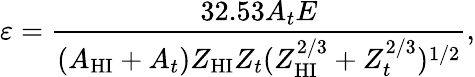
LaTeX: \varepsilon=\frac{32.53A_{t}E}{(A_{\mathrm{HI}}+A_{t})Z_{\mathrm{HI}}Z_{t}(Z_{\mathrm{HI}}^{2/3}+Z_{t}^{2/3})^{1/2}},